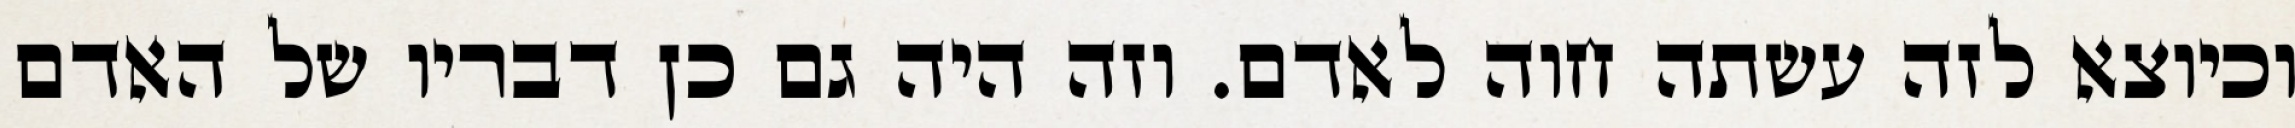
וכיוצא לזה עשתה חוה לאדם. וזה היה גם כן דבריו של האדם